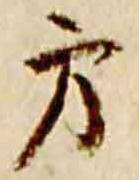
方